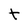
Character: t